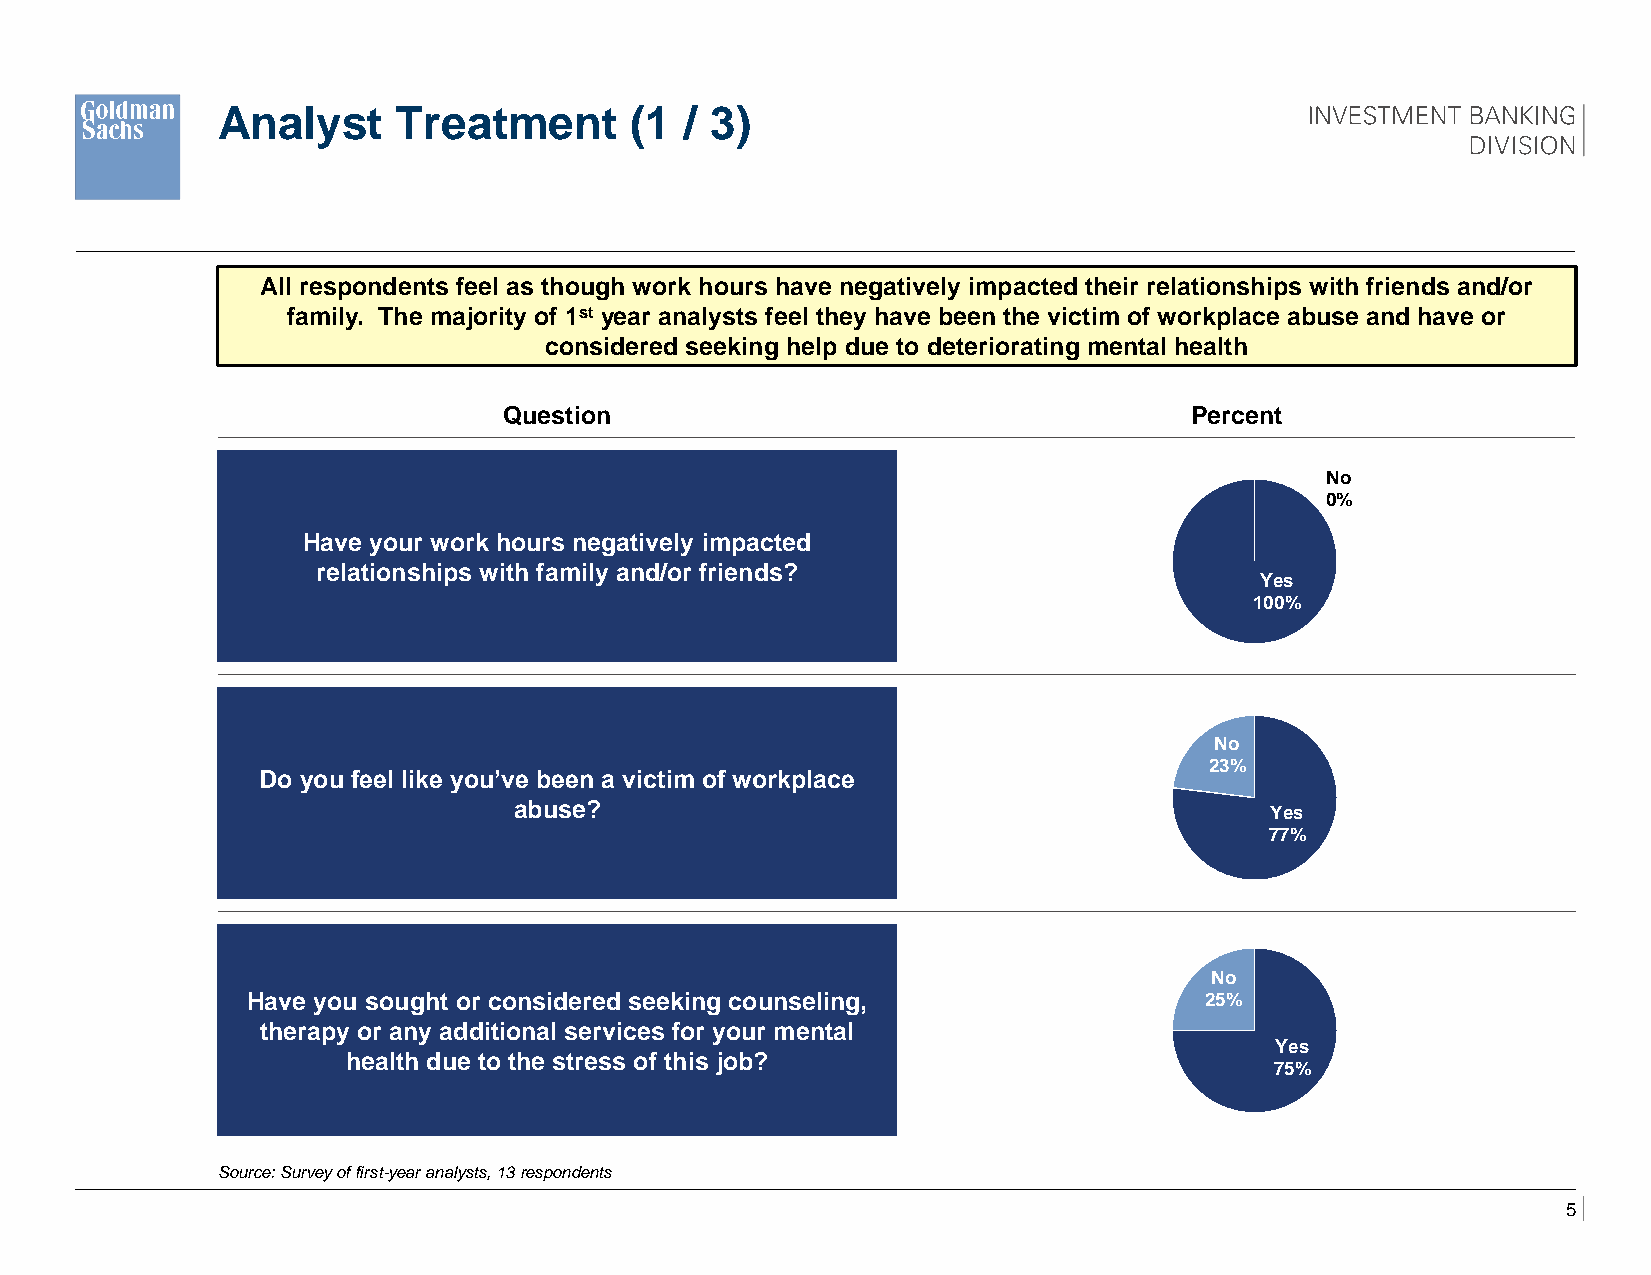
Analyst     Treatment       (1 / 3)
 All respondents feel as though work hours have negatively impacted their relationships with friends and/or
 family. The majority of 1st year analysts feel they have been the victim of workplace abuse and have or
 considered seeking help due to deteriorating mental health
 Question                                      Percent
 How many hours have
 Have your work hours negatively impacted
 relationships with family and/or friends?
 ​No
 23%
 Do you feel like you’ve been a victim of workplace
 abuse?
 ​Yes
 77%
 ​No
 Have you sought or considered seeking counseling,               25%
 therapy or any additional services for your mental
 ​Yes
 health due to the stress of this job?
 75%
 Source: Survey of first-year analysts, 13 respondents
 5
 1
 ​Y0 e0 s%
 ​N0 o%